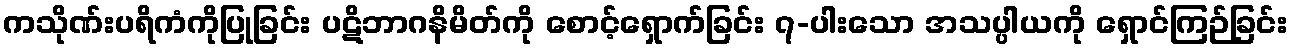
ကသိုဏ်းပရိကံကိုပြုခြင်း ပဋိဘာဂနိမိတ်ကို စောင့်ရှောက်ခြင်း ၇-ပါးသော အသပ္ပါယကို ရှောင်ကြဉ်ခြင်း